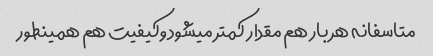
متاسفانه هر بار هم مقدار کمتر میشود وکیفیت هم همینطور